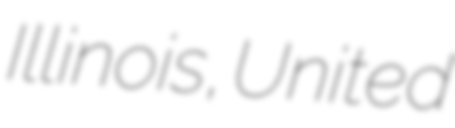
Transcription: Illinois, United